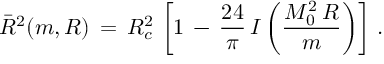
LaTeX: \bar { R } ^ { 2 } ( m , R ) \, = \, R _ { c } ^ { 2 } \, \left[ 1 \, - \, \frac { 2 4 } { \pi } \, I \left( \frac { M _ { 0 } ^ { 2 } \, R } { m } \right) \right] \, { . }